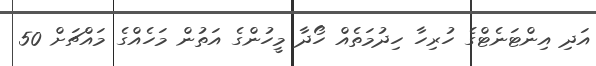
އަދި އިންޓަނެޓްގެ ހުރިހާ ހިދުމަތެއް ހޯދާ މީހުންގެ އަތުން މަހެއްގެ މައްޗަށް 50